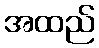
အထည်